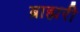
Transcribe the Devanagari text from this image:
ब्राह्मरी